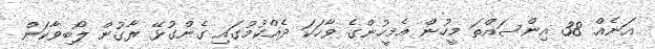
އަނެއް 38 އިންސައްތަ މީހުން އެމީހުންގެ ވާހަކަ ދެއްކުމުގައި ގެންގުޅޭ ރާގުން ލޯބިވާކަން